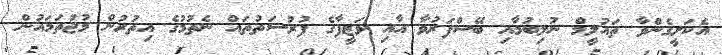
އެކަށީގެންވާ ތައުލީމް ނުލިބުމާއި ބޭސްފަރުވާ އާއި ވަޒީފާގެ ފުރުސަތުތައް ނެތުމުގެ އިތުރުން މުޖުތަމައުން